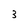
Character: 3